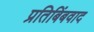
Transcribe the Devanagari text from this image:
प्रतिबिंबवाद